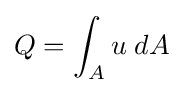
Q=\int _{A}u\;dA